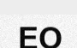
EO